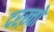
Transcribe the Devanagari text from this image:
दरख़्तो